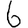
Digit: 6